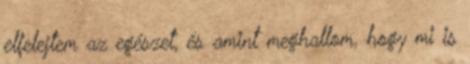
elfelejtem az egészet, és amint meghallom, hogy mi is